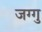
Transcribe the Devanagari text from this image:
जग्गु